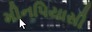
મીનપિયાસી